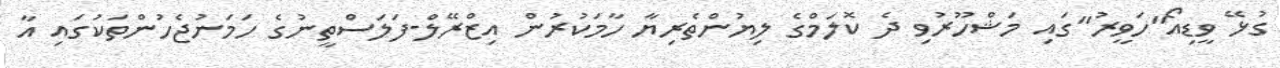
ގުޅޭ ވީޑިއޯ"ހަވީރު"ގައި މަޝްހޫރުވި ދެ ކޮލަމްގެ ލިޔުންތެރިޔާ ހާމަކުރުން އިޒްރޭލް-ފަލަސްތީނުގެ ހަމަނުޖެހުންތަކުގައި އާ